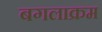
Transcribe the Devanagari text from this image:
बगलाक्रम